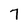
Character: 7